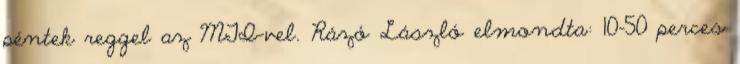
péntek reggel az MTI-vel. Rázó László elmondta: 10-50 perces